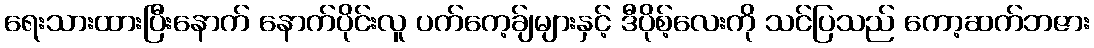
ရေးသားထားပြီးနောက် နောက်ပိုင်းလူ ပက်ကေ့ခ်ျများနှင့် ဒီပိုစ့်လေးကို သင်ပြသည် ကော့ဆက်ဘဇား